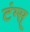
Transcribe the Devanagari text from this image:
टंग्स्